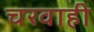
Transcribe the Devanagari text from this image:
चरवाही